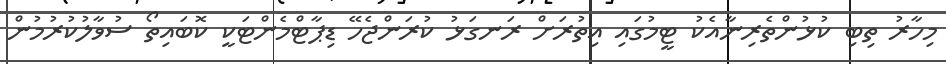
މިހާރު ތިބި ކުޅުންތެރިނާއެކު ޓީމުގައި އިތުރަށް ރަނގަޅު ކުރަންޖެހޭ ޑިޕާޓްމެންޓަކީ ކޮބައިތޯ ސުވާލުކުރުމުން